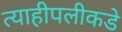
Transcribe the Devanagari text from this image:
त्याहीपलीकडे